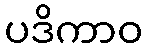
ပဒိကာဝ